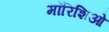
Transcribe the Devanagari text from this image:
मॉरिशिओ